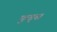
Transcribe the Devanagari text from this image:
फुड्स